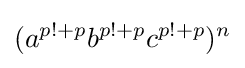
(a^{p!+p}b^{p!+p}c^{p!+p})^{n}